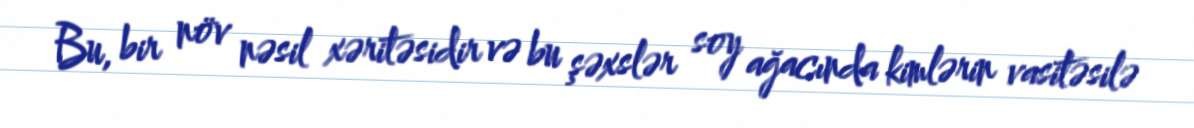
Bu, bir növ nəsil xəritəsidir və bu şəxslər soy ağacında kimlərin vasitəsilə